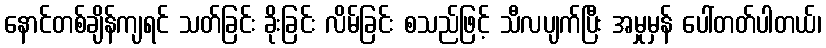
နောင်တစ်ချိန်ကျရင် သတ်ခြင်း ခိုးခြင်း လိမ်ခြင်း စသည်ဖြင့် သီလပျက်ပြီး အမှုမှန် ပေါ်တတ်ပါတယ်၊